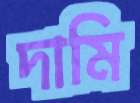
দামি